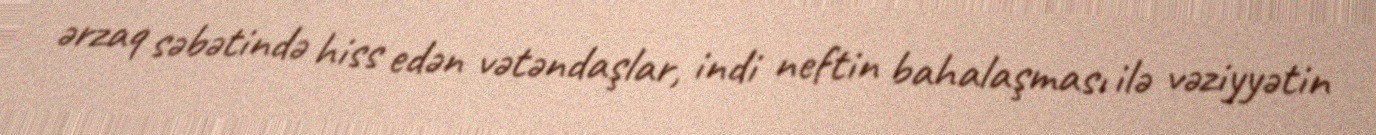
ərzaq səbətində hiss edən vətəndaşlar, indi neftin bahalaşması ilə vəziyyətin